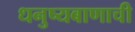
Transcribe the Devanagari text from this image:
धनुष्यबाणाची